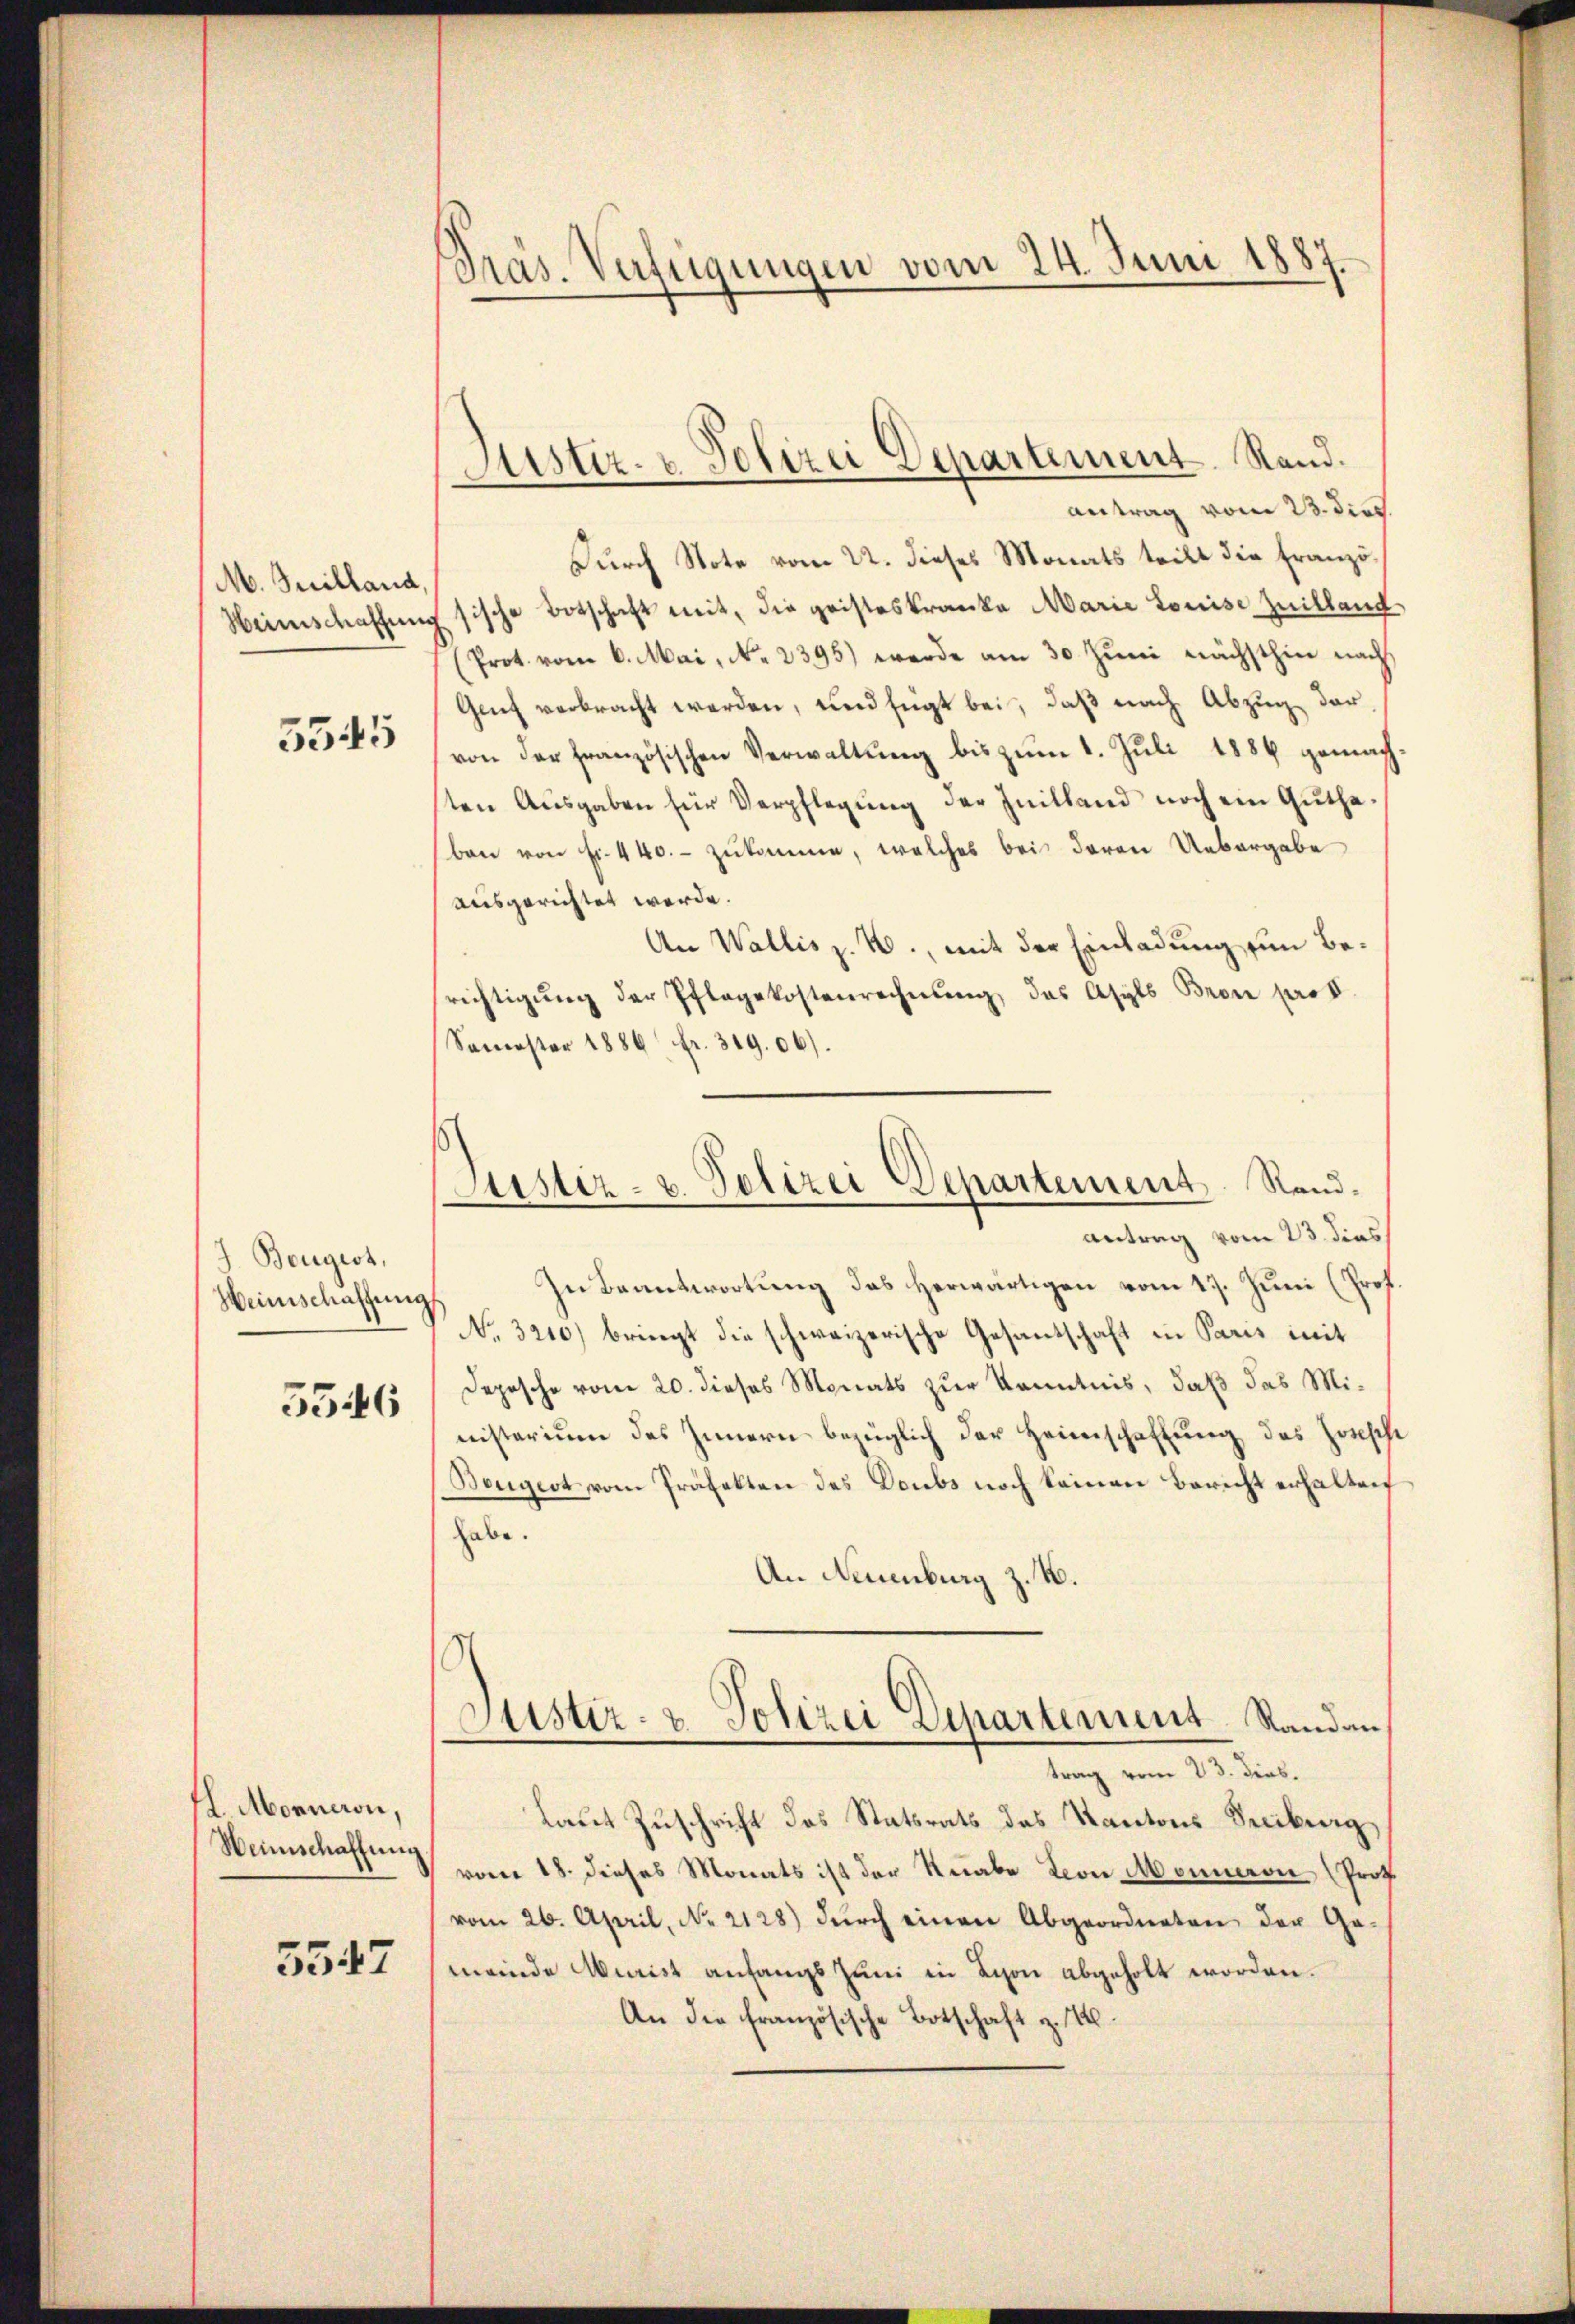
M. Juilland,

5545

J. Bougest,
Heinschaffung

5546

L. Morneron,
Weinschaffung

5547

Pras. Verfügungen vom 24. Juni 1884

antrag vom 23. dies.
Durch Note vom 22. dieses Monats teilt die Franzö¬
Heimschaffung sische Botschaft mit, die geisteskranke Marie Louise Zuilland
(Prot. vom 6. Mai, No. 2395) werde am 30. Jŭni nächsthin nach,
Genf verbracht werden, und fügt bei, daß nach Abzug darvon der französischen Verwaltŭng bis zum 1. Juli 1886 gemach
ten Ausgaben für Verpflegung der Initland noch ein Gutheben von Fr. 440.- zukomme, welches bei deren Uebergabe
ausgerichtet werde.
An Wallis z. B., mit der Einladung um Besrichtigung der Pflegekostenrechnung, das Asyls Bron pro
Samoster 1886 fr. 319. 06).
antrag vom 23. dies
In Beantwortung das herwärtigen vom 17. Juni (Prof
No. 3210) bringt die schweizerische Gesantschaft in Paris mit
Depesche vom 20. dieses Monats zur Kenntnis, daß das Ministerium des Innern bezüglich der Heimschaffung des Horsch
Beugert vom Präfekten des Doubs noch keinen Bericht erhalten
habe.
An Neuenburg z. B.
d
s
Justiz- & Polizei Departement. Randan
trag vom 23. dies.
Laut Zuschrift des Statsrats des Kantons Seciburg,
vom 18. dieses Monats ist der Knabe von Monneron Prof.
vom 26. April, No. 2128) dŭrch einen Abgeordneten der Ge-
meinde Murist anfangs Juni in Schon abgeholt worden.
An die Französische Botschaft z. B.

Sistir- u Polizei Departement. Stand.

Sistiz- u. Polizei Departement Rand¬